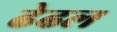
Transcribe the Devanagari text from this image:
ढेढल